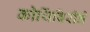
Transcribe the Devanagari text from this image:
कोथिंबिरीने